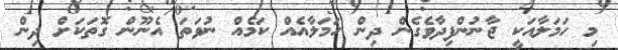
މި ހަމަލާއަކީ ޖާނުންފިދާވެގެން ދިން ހަމަލާއެއް ކަމެއް ނުވަތަ އެނޫން ގޮތަކަށް ދިން